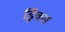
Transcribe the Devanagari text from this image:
ड्रिंक्‍स